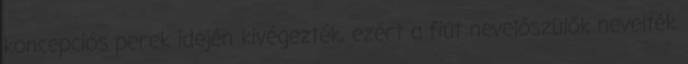
koncepciós perek idején kivégezték, ezért a fiút nevelőszülők nevelték